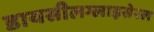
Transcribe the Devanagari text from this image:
डायसीलग्लाइसेरल